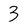
Character: 3